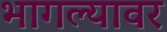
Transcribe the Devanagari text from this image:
भागल्यावर